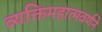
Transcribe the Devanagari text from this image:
व्यक्तिमहात्मवर्णने